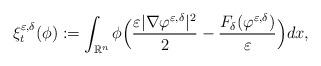
LaTeX: \begin{align*}\xi _t ^{\varepsilon,\delta}(\phi) := \int _{\mathbb{R}^n} \phi \Big( \frac{\varepsilon |\nabla \varphi ^{\varepsilon,\delta}|^2}{2} - \frac{F_\delta (\varphi ^{\varepsilon,\delta} )}{\varepsilon} \Big) dx,\end{align*}